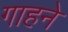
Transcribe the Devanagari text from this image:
गाहने